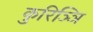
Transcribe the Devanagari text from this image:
कुरिञ्ञि